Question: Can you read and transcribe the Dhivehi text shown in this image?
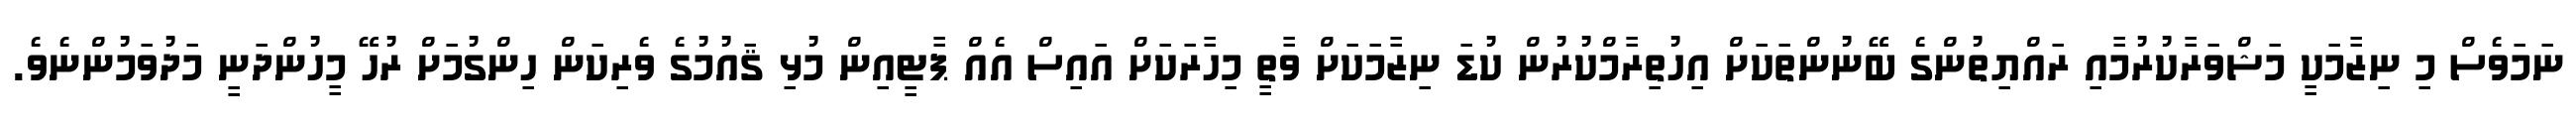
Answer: ނަމަވެސް މި ނިޒާމަކީ މަޝްވަރާކުރުމާއި ރައްޔިތުންގެ ބޭނުންތަކަށް އިހުތިރާމްކުރުން ކުޑަ ނިޒާމަކަށް ވާތީ މިހާރަކަށް އައިސް އެއް ޕާޓީއިން މުޅި ޤައުމުގެ ވެރިކަން ހިންގުމަށް ރުހޭ މީހުންދަނީ މަދުވަމުންނެވެ.